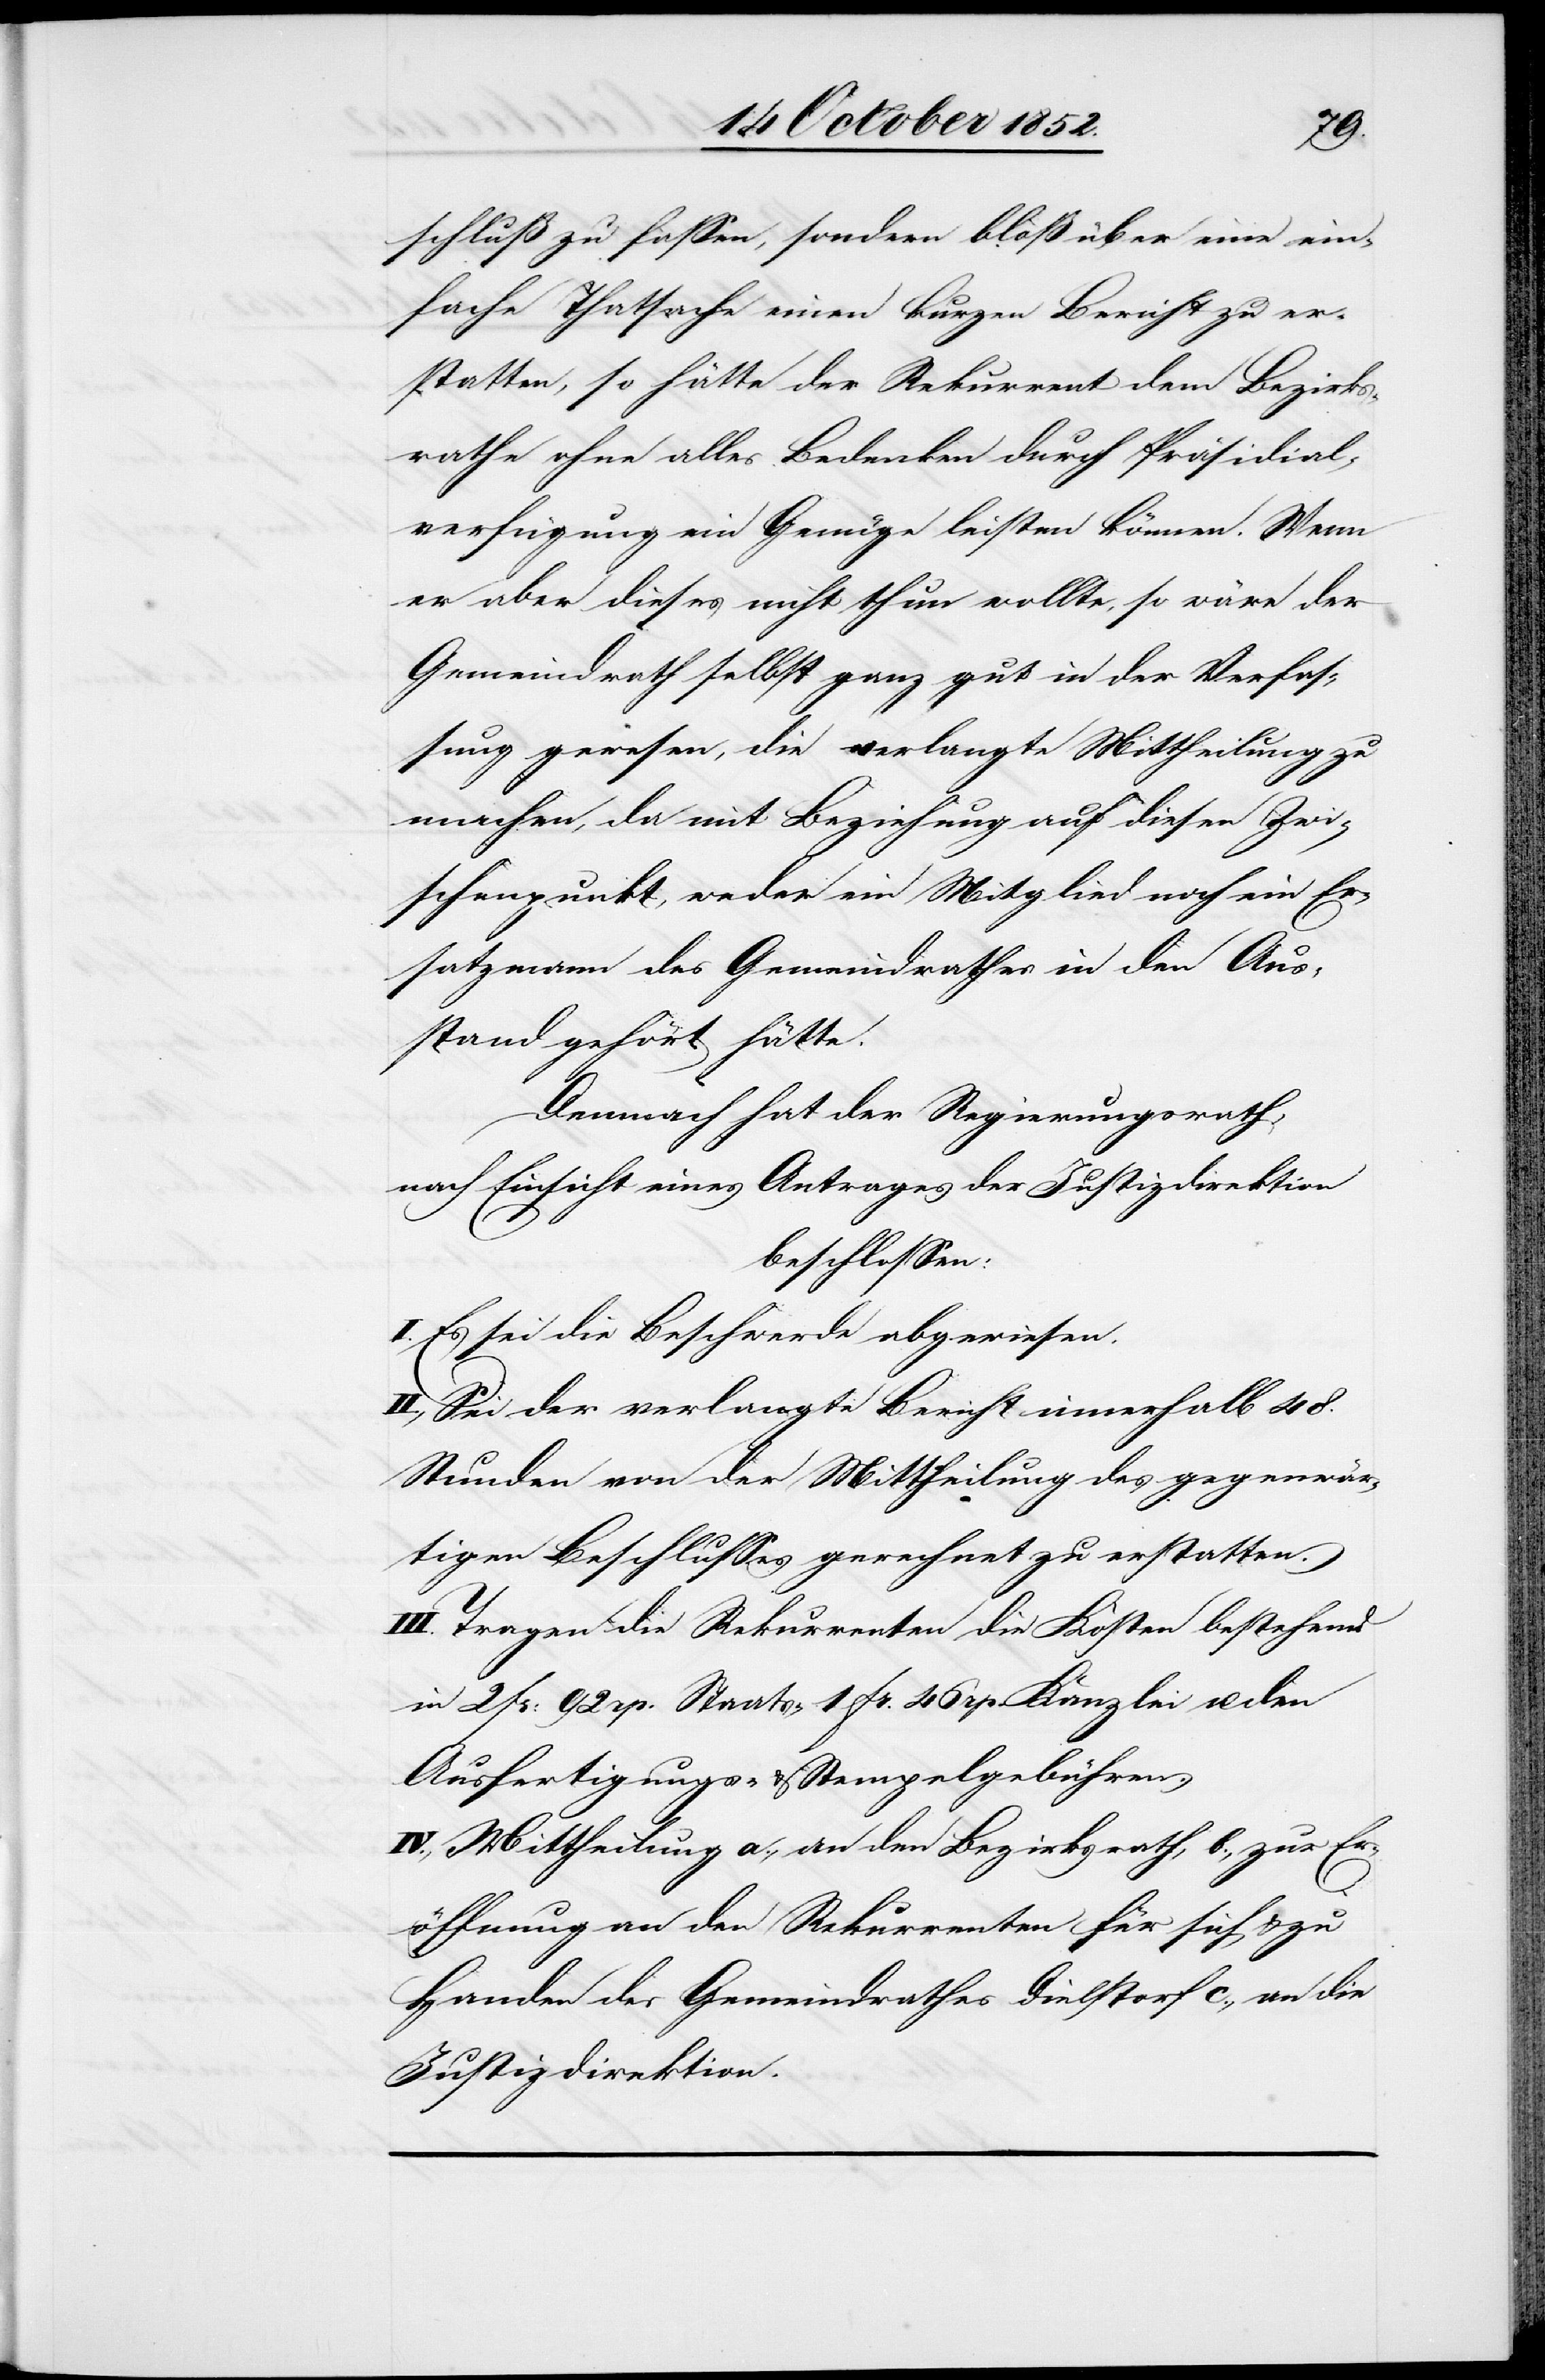
schluß zu fassen, sondern bloß über eine ein¬
fache Thatsache einen kurzen Bericht zu er¬
statten, so hätte der Rekurrent dem Bezirks¬
rathe ohne alles Bedenken durch Präsidial¬
verfügung ein Genüge leisten können. Wenn
er aber dieses nicht thun wollte, so wäre der
Gemeindrath selbst ganz gut in der Verfas¬
sung gewesen, die verlangte Mittheilung zu
machen, da mit Beziehung auf diesen Zwi¬
schenpunkt, weder ein Mitglied noch ein Er¬
satzmann des Gemeindrathes in den Aus¬
stand gehört hätte.
Demnach hat der Regierungsrath,
nach Einsicht eines Antrages der Justizdirektion
beschlossen:
I. Es sei die Beschwerde abgewiesen.
II., Sei der verlangte Bericht innerhalb 48.
Stunden von der Mittheilung des gegenwär¬
tigen Beschlusses gerechnet zu erstatten.
III. Tragen die Rekurrenten die Kosten bestehend
in 2 Fr: 92 rp. Staats-, 1 Fr. 46 rp. Kanzlei u. den
Ausfertigungs- & Stempelgebühren.
IV., Mittheilung a., an den Bezirksrath, b., zur Er¬
öffnung an den Rekurrenten für sich & zu
Handen des Gemeindrathes Dielstorf c., an die
Justizdirektion.